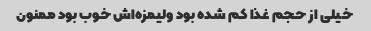
خیلی از حجم غذا کم شده بود ولیمزه‌اش خوب بود ممنون